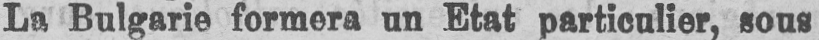
La Bulgarie formera un Etat particulier, sous